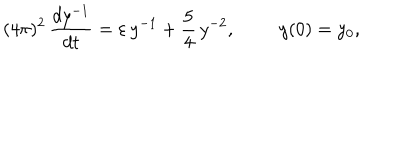
( 4 \pi ) ^ { 2 } \, \frac { d y ^ { - 1 } } { d t } = \varepsilon \, y ^ { - 1 } + \frac { 5 } { 4 } \, y ^ { - 2 } , \, \, \, \, \, \, \, \, \, \, \, \, \, \, y ( 0 ) = y _ { 0 } ,